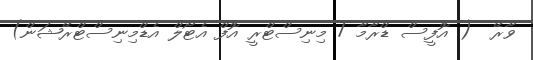
ވާރޭ  ( އޮފީސް ޑްރާމާ / މިނިސްޓްރީ އޮފް އެޓޯލް އެޑްމިނިސްޓްރޭޝަން)